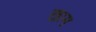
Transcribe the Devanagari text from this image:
ख़ाम